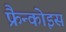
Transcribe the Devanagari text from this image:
फ्रैन्कोइस